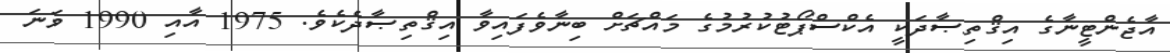
އާޖެންޓީނާގެ އިޤްތިޞާދަކީ އެކްސްޕޯޓުކުރުމުގެ މައްޗަށް ބިނާވެފައިވާ އިޤްތިޞާދެކެވެ. 1975 އާއި 1990 ވަނަ